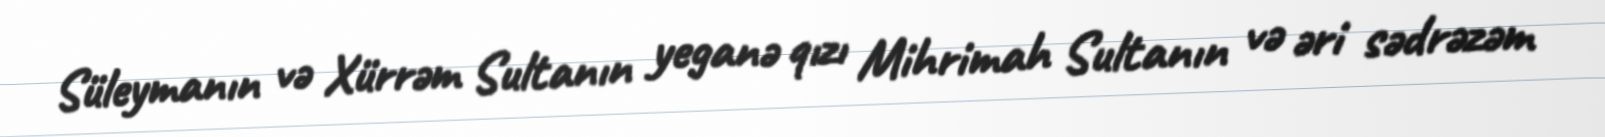
Süleymanın və Xürrəm Sultanın yeganə qızı Mihrimah Sultanın və əri sədrəzəm